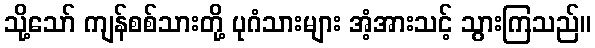
သို့သော် ကျန်စစ်သားတို့ ပုဂံသားများ အံ့အားသင့် သွားကြသည်။